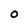
Character: O